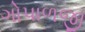
ગોપાળજી